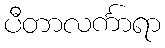
ပီတာလင်္ကာရာ